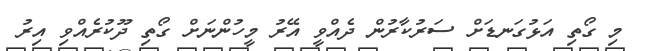
މި ގޯތި އަޅުގަނޑަށް ސަރުކާރުން ދެއްވީ އޭރު މީހުންނަށް ގޯތި ދޫކުރެއްވި އިރު